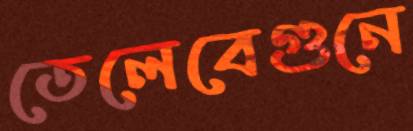
তেলেবেগুনে